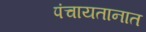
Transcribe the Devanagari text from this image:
पंचायतानात